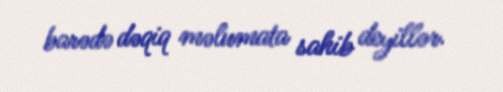
barədə dəqiq məlumata sahib deyillər.